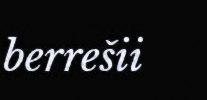
berrešii